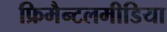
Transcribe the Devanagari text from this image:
फ्रिमैन्टलमीडिया